Civil Veterinary Dept. Assam report 1927-50 - 1927-1950
Year: 1927
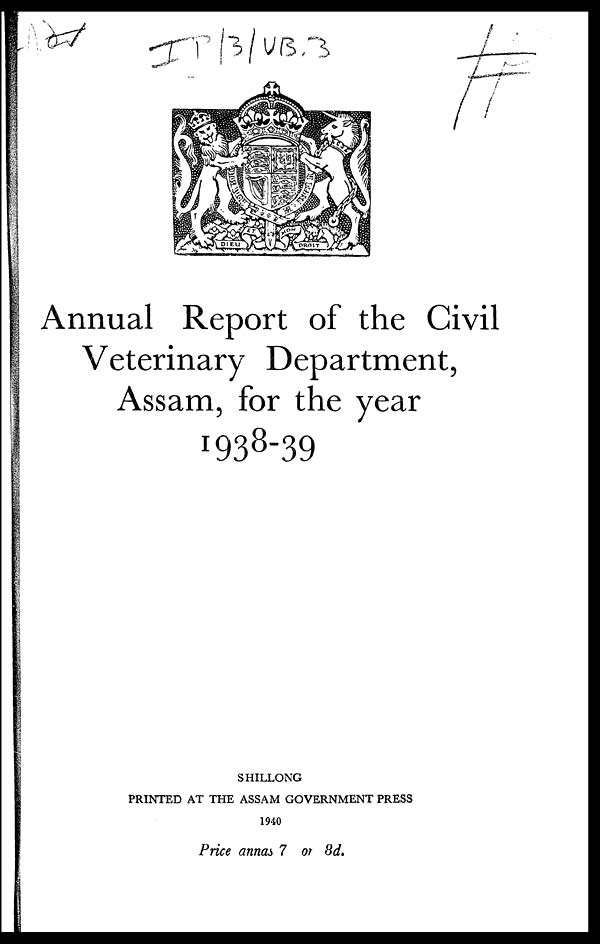
Annual Report of the Civil
Veterinary Department,
Assam, for the year
1938-39
SHILLONG
PRINTED AT THE ASSAM GOVERNMENT PRESS
1940
Price annas 7 or 8d.